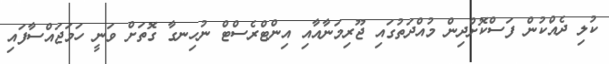
ކުލި ދެއްކުން ފަސްކޮށްދިން މުއްދަތުގައި ޖޫރިމަނާއާއި އިންޓްރެސްޓް ނުހިނގާ ގޮތަށް ވަނީ ހަމަޖައްސާފައި